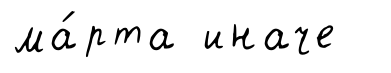
ма́рта иначе